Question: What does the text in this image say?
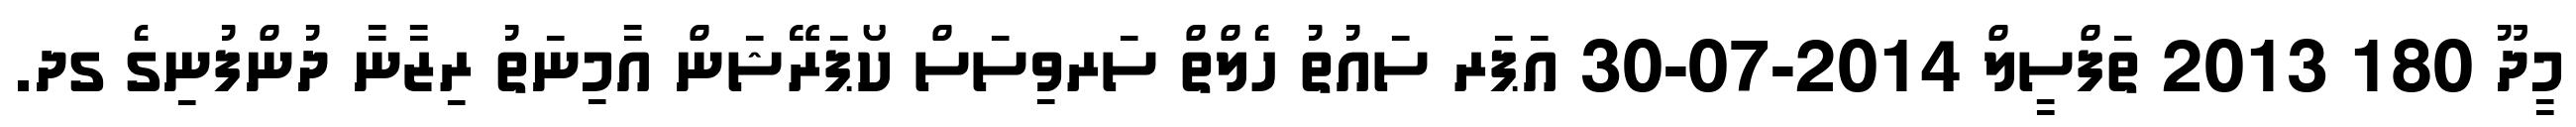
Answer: މީދޫ 180 2013 ތަފްސީލް 2014-07-30 އަޕަރ ސައުތު ހެލްތް ސަރވިސަސް ކޯޕަރޭޝަން އާމިނަތު ރިޒާނާ ދުންފުނިގެ ގދ.